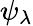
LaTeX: \psi_{\lambda}